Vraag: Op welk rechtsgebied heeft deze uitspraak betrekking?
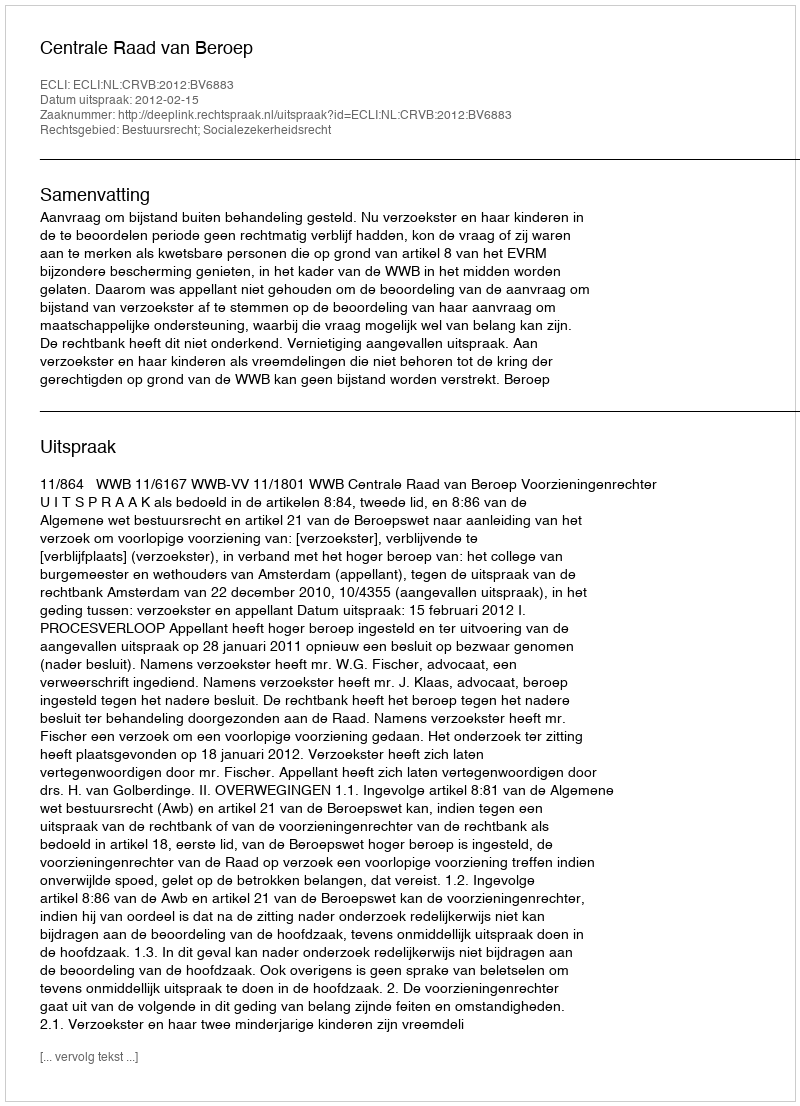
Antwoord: Bestuursrecht; Socialezekerheidsrecht